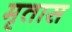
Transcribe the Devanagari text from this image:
मृतास